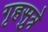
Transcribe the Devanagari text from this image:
गृहसुत्रे